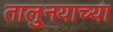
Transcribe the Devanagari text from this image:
तालु्नयाच्या